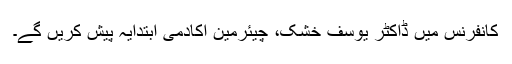
کانفرنس میں ڈاکٹر یوسف خشک، چیئرمین اکادمی ابتدایہ پیش کریں گے۔